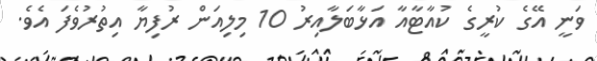
ވަނީ އޭގެ ކުރީގެ ކުއާޓާއާ އަޅާބަލާއިރު 10 މިލިއަން ރުފިޔާ އިތުރުވެފަ އެވެ.